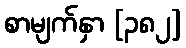
စာမျက်နှာ [၃၈၂]